Annual report on the Civil Veterinary Department, Burma (including the Insein Veterinary School) - 1910-1922
Year: 1910
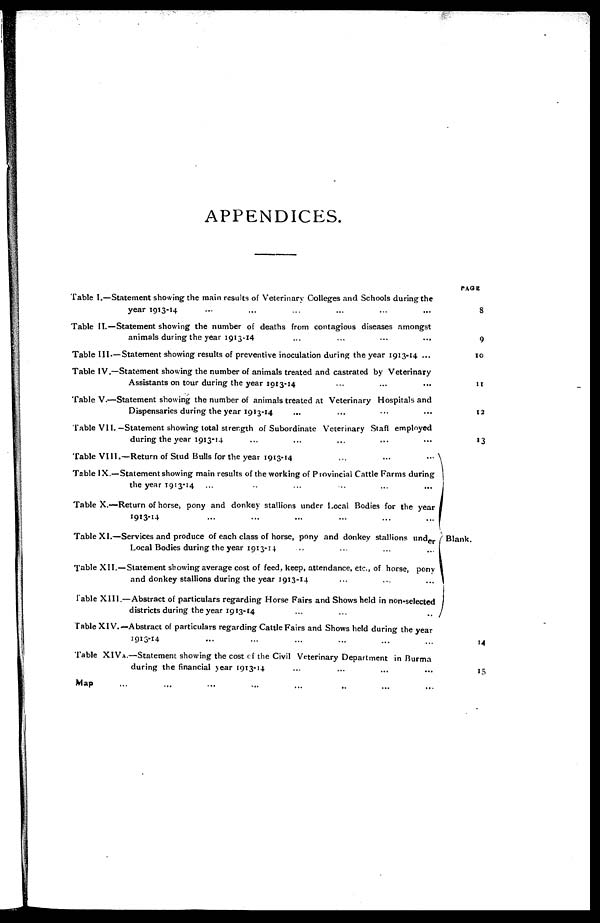
APPENDICES.
Table I.—Statement showing the main results of Veterinary Colleges and Schools during the
year 1913-14 ... ... ... ... ... ...
Table II.—Statement showing the number of deaths from contagious diseases amongst
animals during the year 1913-14 ... ... ... ...
Table III — Statement showing results of preventive inoculation during the year 1913-14 ...
Table IV.—Statement showing the number of animals treated and castrated by Veterinary
Assistants on tour during the year 1913-14 ... ... ...
Table V.—Statement showing the number of animals treated at Veterinary Hospitals and
Dispensaries during the year 1913-14 ... ... ... ...
Table VII.—Statement showing total strength of Subordinate Veterinary Staff employed
during the year 1913-14 ... ... ... ... ...
Table VIII.—Return of Stud Bulls for the year 1913-14
...
...
...
Table IX.—Statement showing main results of the working of Provincial Cattle Farms during
the year 1913-14 ... ... ... ... ... ...
Table X.—Return of horse, pony and donkey stallions under Local Bodies for the year
I9I3-14 ... ... ... ... ... ...
Table XI.—Services and produce of each class of horse, pony and donkey stallions
under
Local Bodies during the year 1913-14
...
...
...
...
Table XII.—Statement showing average cost of feed, keep, attendance, etc., of horse, pony 1
and donkey stallions during the year 1913-14 ... ... ...
Table XIII.—Abstract of particulars regarding Horse Fairs and Shows held in non-selected
districts during the year 1913-14
...
... ...
Table XIV.—Abstract of particulars regarding Cattle Fairs and Shows held during the year
1913-14 ... ... ... ... ... ...
Table XIVA.—Statement showing the cost of the Civil Veterinary Department in Burma
during the financial year 1913-14 ... ... ... ...
Map ... ... ... ... ... ... ... ...
PAGE
8
9
10
11
13
13
Blank.
i
14
15